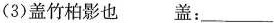
(3)盖竹柏影也盖：_.